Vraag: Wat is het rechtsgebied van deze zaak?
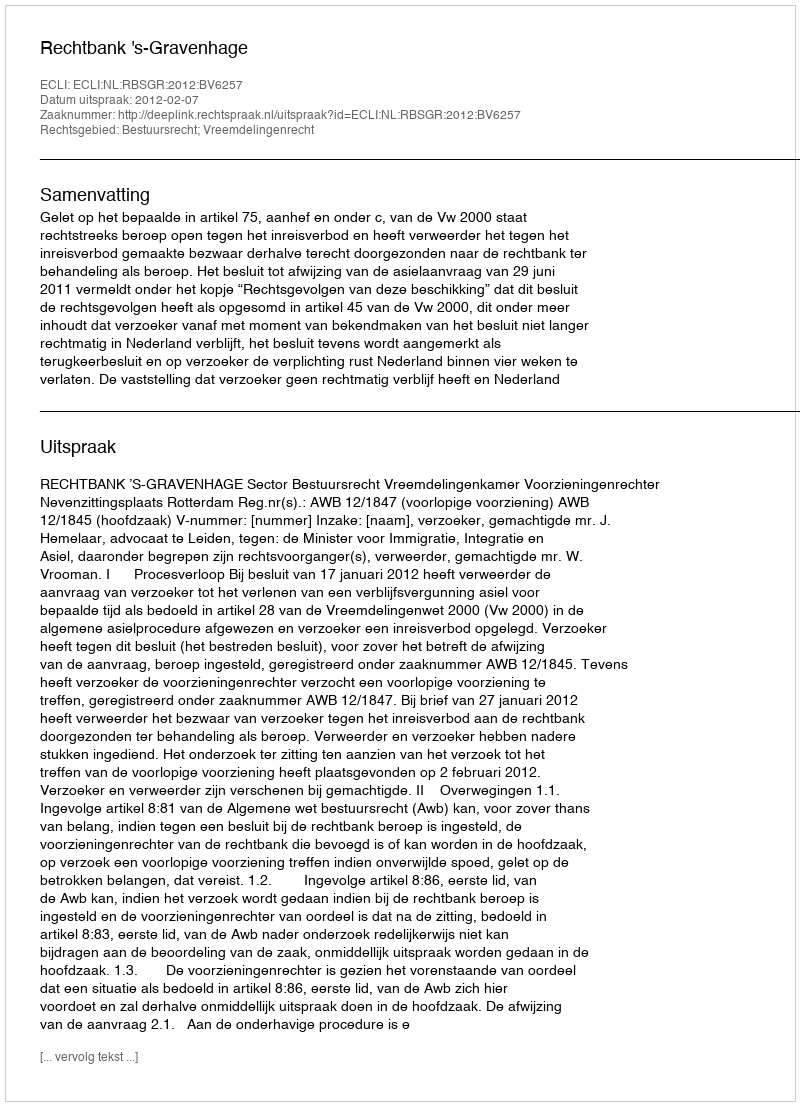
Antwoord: Bestuursrecht; Vreemdelingenrecht